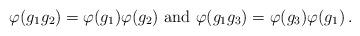
LaTeX: \begin{align*} \varphi (g_1 g_2) = \varphi (g_1) \varphi (g_2) \mbox{ and } \varphi (g_1 g_3) = \varphi (g_3) \varphi (g_1) \,.\end{align*}